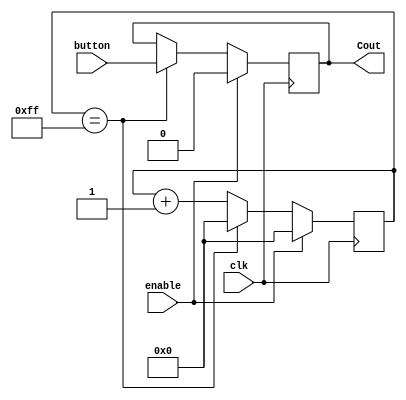
`timescale 1ns / 1ps

module counter(
    input button,
    input clk,
    input enable,
    output reg Cout
    );
    
parameter N = 8; // Counts from 0 to 2^[N-1]
reg [N-1:0] count;

/*8 bit counter implementation*/
always@ (posedge clk) begin
	if(enable == 1'd1) begin
		count <= 8'b0;
		Cout <= 0;
	end
	else if(count == 8'd255) begin
		Cout <= button;
		count <= 8'b0;
	end
	else
		count <= count + 8'd1;
	
end


endmodule